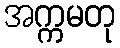
အက္ကမတု